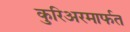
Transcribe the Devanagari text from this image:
कुरिअरमार्फत